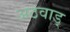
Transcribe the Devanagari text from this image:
अठवाड्